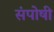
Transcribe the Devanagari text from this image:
संपोषी